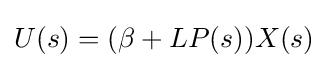
U(s)=(\beta +LP(s))X(s)